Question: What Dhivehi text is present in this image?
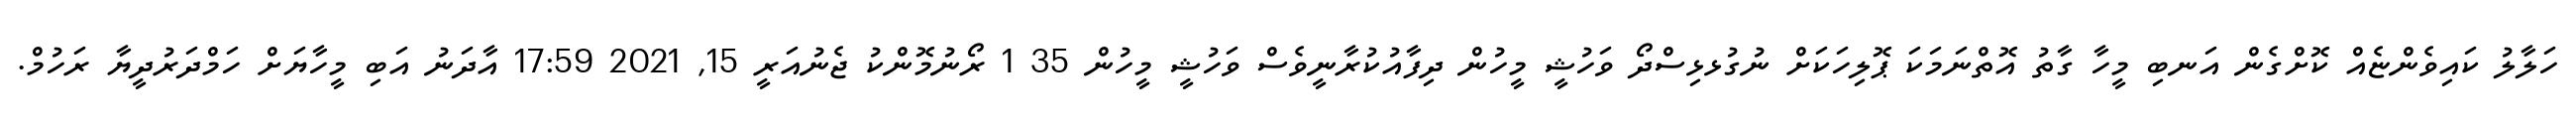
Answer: ހަލާލު ކައިވެންޏެއް ކޮށްގެން އަނބި މީހާ ގާތު އޮތްނަމަކަ ޕޮލިހަކަށް ނުގުޅޅިސްދޯ ވަހުޝީ މީހުން ދިފާއުކުރާނީވެސް ވަހުޝީ މީހުން 35 1 ރޯނުމޮންކު ޖެނުއަރީ 15, 2021 17:59 އާދަނު އަބި މީހާޔަށް ހަމްދަރުދީޔާ ރަހުމް.